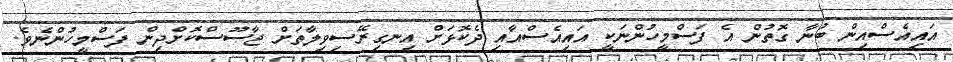
އައިއެސްއިން ބުނާ ގޮތުން އެ ފަސްމީހުންނަކީ އައިއެސްއާއި ދެކޮޅަށް އިނގިރޭސިވިލާތަށް ޖާސޫސްކޮށްދިން ފަސްމީހުންނެވެ.